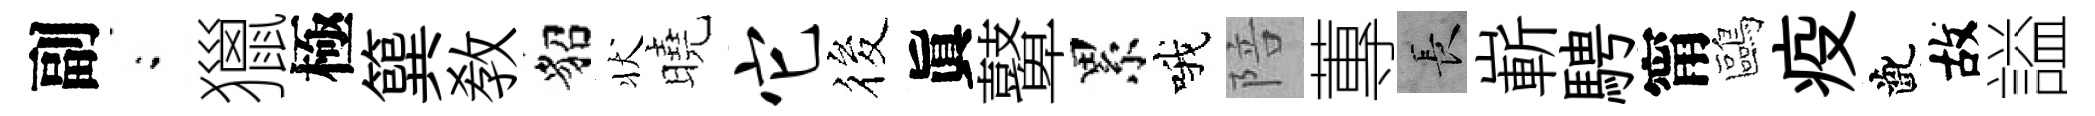
副閤獵極簨敎貂状曉它筱眞鼙累哦陪蓴长嶄騁甯鷗疫齔故謚